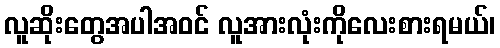
လူဆိုးတွေအပါအဝင် လူအားလုံးကိုလေးစားရမယ်၊